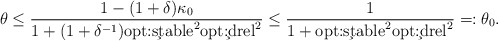
\begin{align*} \theta \leq \frac{1-(1+\delta) \kappa_0}{1+(1+\delta^{-1}) \c{opt:stable}^2\c{opt:drel}^2}\leq \frac{1}{1+\c{opt:stable}^2\c{opt:drel}^2}=: \theta_0. \end{align*}